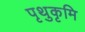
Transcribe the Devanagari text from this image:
पृथुकृमि